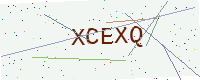
Text: XCEXQ